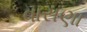
વાસણા